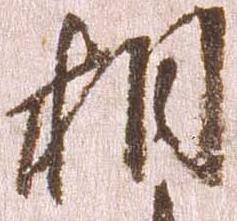
相